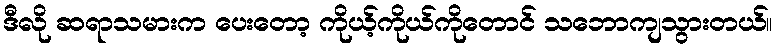
ဒီလို ဆရာသမားက ပေးတော့ ကိုယ့်ကိုယ်ကိုတောင် သဘောကျသွားတယ်။